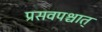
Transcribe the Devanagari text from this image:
प्रसवपश्चात्